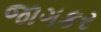
જાગકર